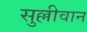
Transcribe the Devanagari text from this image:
सुल्लीवान